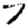
Digit: 7